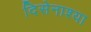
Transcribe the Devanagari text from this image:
दिसेनाश्या